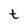
Character: t